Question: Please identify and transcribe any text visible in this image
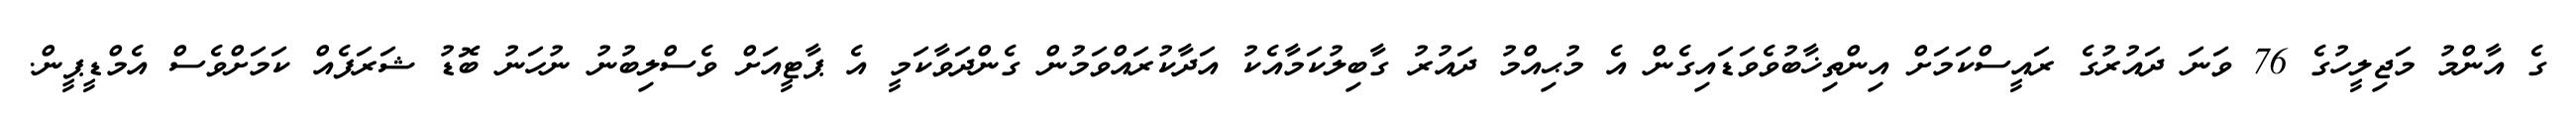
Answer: ގެ އާންމު މަޖިލީހުގެ 76 ވަނަ ދައުރުގެ ރައީސްކަމަށް އިންތިޚާބުވެވަޑައިގެން އެ މުޙިއްމު ދައުރު ގާބިލުކަމާއެކު އަދާކުރައްވަމުން ގެންދަވާކަމީ އެ ޕާޓީއަށް ވެސްލިބުނު ނުހަނު ބޮޑު ޝަރަފެއް ކަމަށްވެސް އެމްޑީޕީން.